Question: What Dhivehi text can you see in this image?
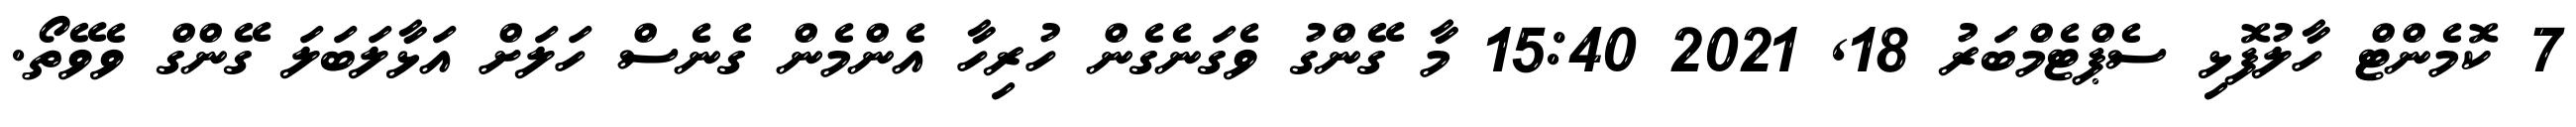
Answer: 7 ކޮމެންޓް ހާލުފޮޅި ސެޕްޓެމްބަރު 18, 2021 15:40 މާ ގޭންގު ވެގަނެގެން ހުރިހާ އެންމެން ގެނެސް ހަލަށް އަޅާލަބަލަ ގޭންގް ވެވޭތޯ.